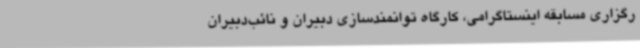
رگزاری مسابقه اینستاگرامی، کارگاه توانمندسازی دبیران و نائب‌دبیران